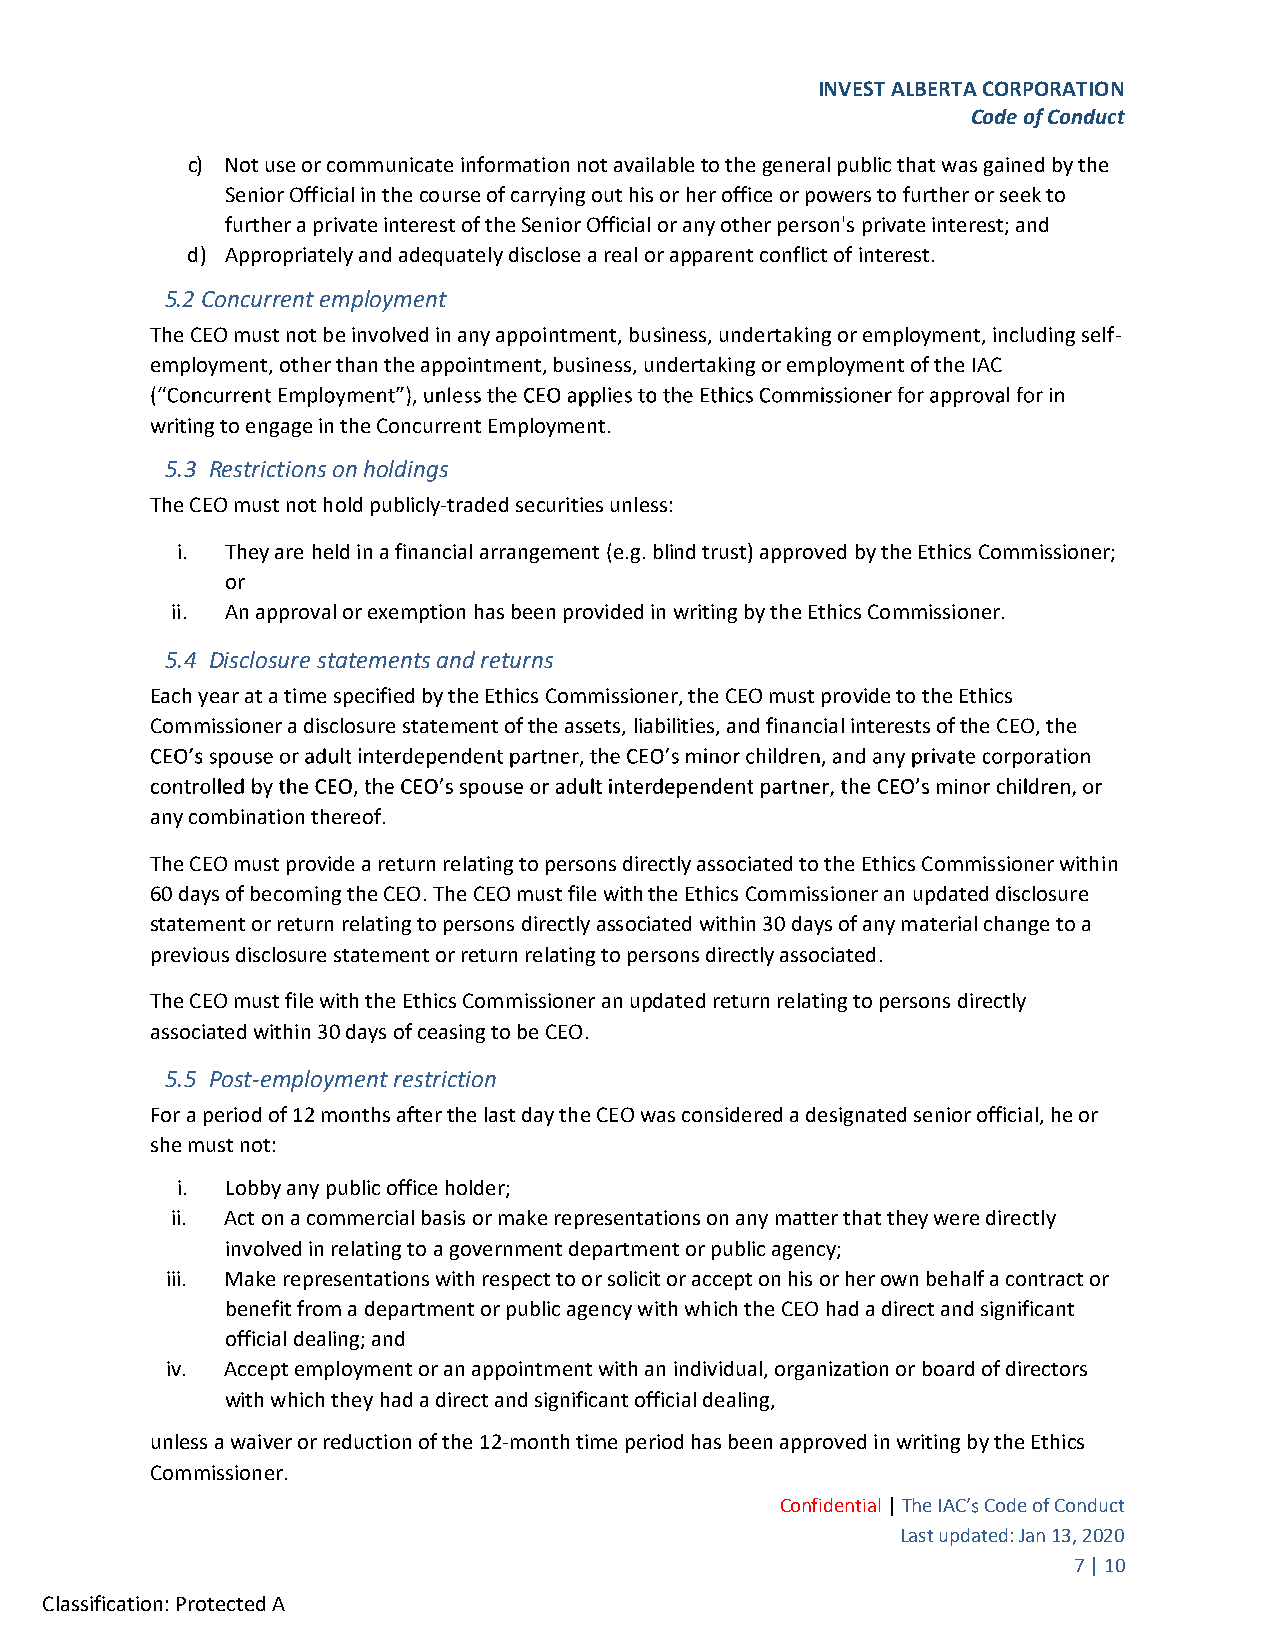
INVEST ALBERTA CORPORATION
 Code of Conduct
 c) Not use or communicate information not available to the general public that was gained by the
 Senior Official in the course of carrying out his or her office or powers to further or seek to
 further a private interest of the Senior Official or any other person's private interest; and
 d) Appropriately and adequately disclose a real or apparent conflict of interest.
 5.2 Concurrent employment
 The CEO must not be involved in any appointment, business, undertaking or employment, including self-
 employment, other than the appointment, business, undertaking or employment of the IAC
 writing to engage in the Concurrent Employment.
 5.3 Restrictions on holdings
 The CEO must not hold publicly-traded securities unless:
 i. They are held in a financial arrangement (e.g. blind trust) approved by the Ethics Commissioner;
 or
 ii. An approval or exemption has been provided in writing by the Ethics Commissioner.
 5.4 Disclosure statements and returns
 Each year at a time specified by the Ethics Commissioner, the CEO must provide to the Ethics
 Commissioner a disclosure statement of the assets, liabilities, and financial interests of the CEO, the
 any combination thereof.
 The CEO must provide a return relating to persons directly associated to the Ethics Commissioner within
 60 days of becoming the CEO. The CEO must file with the Ethics Commissioner an updated disclosure
 statement or return relating to persons directly associated within 30 days of any material change to a
 previous disclosure statement or return relating to persons directly associated.
 The CEO must file with the Ethics Commissioner an updated return relating to persons directly
 associated within 30 days of ceasing to be CEO.
 5.5 Post-employment restriction
 For a period of 12 months after the last day the CEO was considered a designated senior official, he or
 she must not:
 i. Lobby any public office holder;
 ii. Act on a commercial basis or make representations on any matter that they were directly
 involved in relating to a government department or public agency;
 iii. Make representations with respect to or solicit or accept on his or her own behalf a contract or
 benefit from a department or public agency with which the CEO had a direct and significant
 official dealing; and
 iv. Accept employment or an appointment with an individual, organization or board of directors
 with which they had a direct and significant official dealing,
 unless a waiver or reduction of the 12-month time period has been approved in writing by the Ethics
 Commissioner.
 Confidential | The IAC Code of Conduct
 Last updated: Jan 13, 2020
 7 | 10
 Classification: Protected A